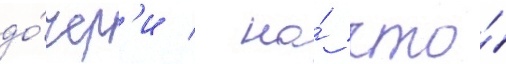
до́чер'и / на́ что́